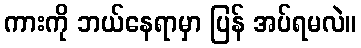
ကားကို ဘယ်နေရာမှာ ပြန် အပ်ရမလဲ။